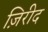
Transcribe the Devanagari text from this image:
ज़िरीद